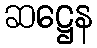
ဆဋ္ဌေန